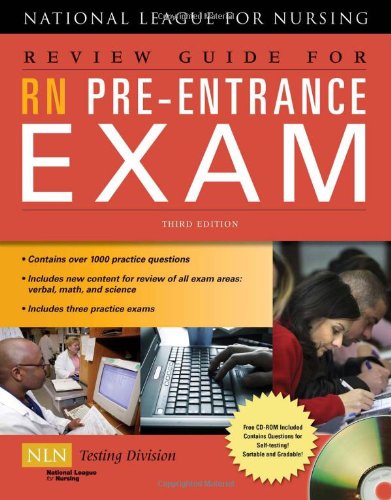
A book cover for Review Guide For RN Pre-Entrance Exam; NATL LEAGUE NURSING; Test Preparation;